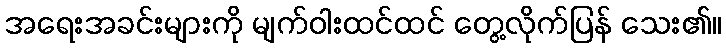
အရေးအခင်းများကို မျက်ဝါးထင်ထင် တွေ့လိုက်ပြန် သေး၏။